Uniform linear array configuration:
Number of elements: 48
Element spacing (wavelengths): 0.75
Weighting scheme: blackman
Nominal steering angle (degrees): -45
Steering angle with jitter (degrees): -44.754
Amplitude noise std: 0.05
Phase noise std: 0.05

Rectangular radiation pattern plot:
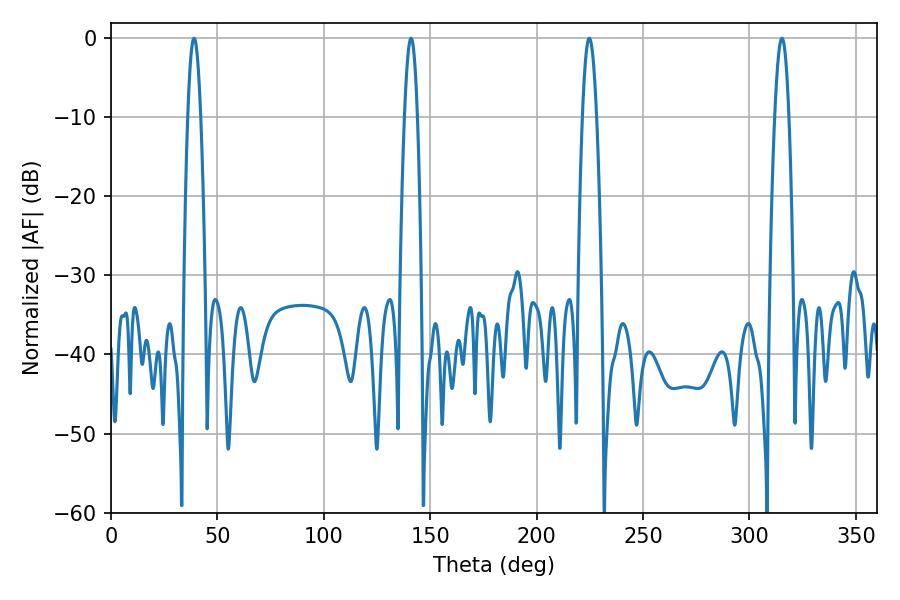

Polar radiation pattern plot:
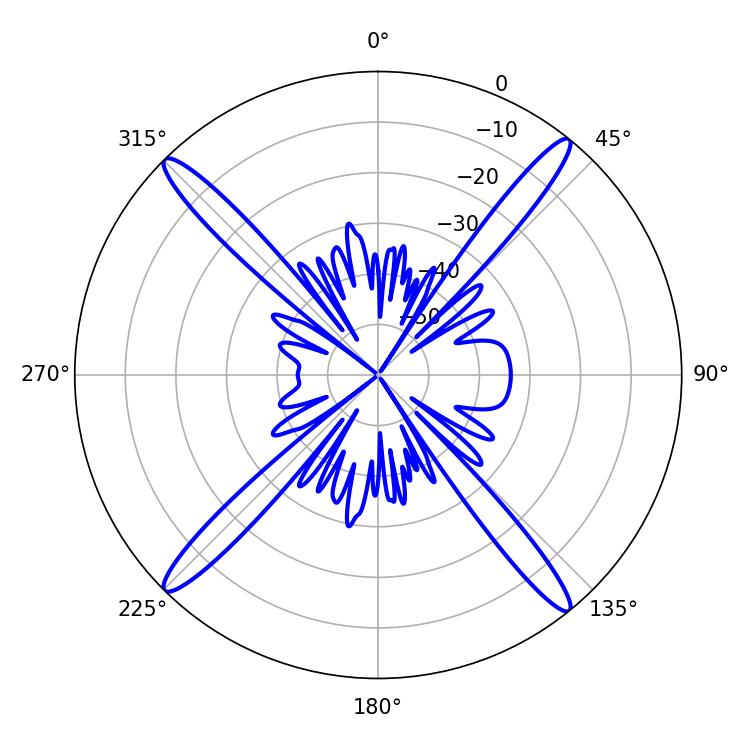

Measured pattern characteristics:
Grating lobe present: TRUE
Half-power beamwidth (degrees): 3.24
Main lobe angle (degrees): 39.06